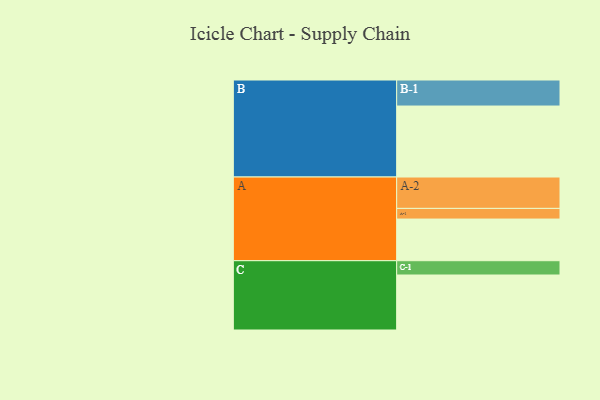
{"axis": {"x": "Segment", "y": "Value"}, "legend": ["", "A", "B", "C"], "data": [{"x": "A", "y": 344, "type": ""}, {"x": "B", "y": 586, "type": ""}, {"x": "C", "y": 454, "type": ""}, {"x": "A-1", "y": 88, "type": "A"}, {"x": "A-2", "y": 259, "type": "A"}, {"x": "B-1", "y": 215, "type": "B"}, {"x": "C-1", "y": 118, "type": "C"}]}